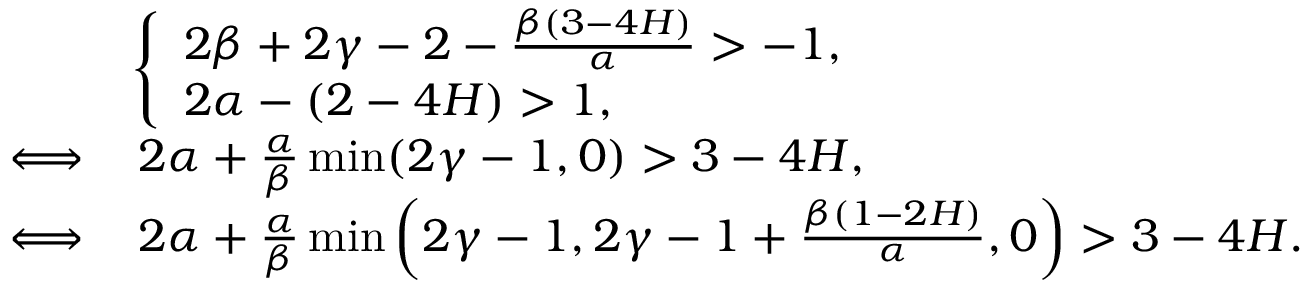
\begin{array} { r l } & { \left\{ \begin{array} { l l } { 2 \beta + 2 \gamma - 2 - \frac { \beta ( 3 - 4 H ) } { \alpha } > - 1 , } \\ { 2 \alpha - ( 2 - 4 H ) > 1 , } \end{array} \right. } \\ { \Longleftrightarrow } & { \, 2 \alpha + \frac { \alpha } { \beta } \operatorname* { m i n } ( 2 \gamma - 1 , 0 ) > 3 - 4 H , } \\ { \Longleftrightarrow } & { \, 2 \alpha + \frac { \alpha } { \beta } \operatorname* { m i n } \left( 2 \gamma - 1 , 2 \gamma - 1 + \frac { \beta ( 1 - 2 H ) } { \alpha } , 0 \right) > 3 - 4 H . } \end{array}